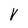
Character: V